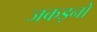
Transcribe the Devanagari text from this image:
जकड़नों